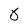
Character: 0